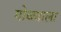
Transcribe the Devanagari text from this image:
गोळ्याला